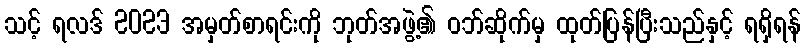
သင့် ရလဒ် 2023 အမှတ်စာရင်းကို ဘုတ်အဖွဲ့၏ ဝဘ်ဆိုက်မှ ထုတ်ပြန်ပြီးသည်နှင့် ရရှိရန်